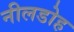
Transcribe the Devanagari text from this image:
नीलडोह